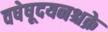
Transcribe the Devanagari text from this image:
वषेषूदयनश्चक्रे